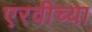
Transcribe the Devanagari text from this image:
एरवीच्या